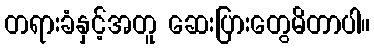
တရားခံနှင့်အတူ ဆေးပြားတွေမိတာပါ။